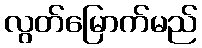
လွတ်မြောက်မည်